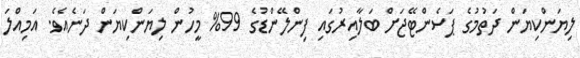
ލިޔަންކިޔަން ދަތުމުގެ ޕަސެންޓޭޖަށް ބަލާއިރުގައި ފިންލޭންޑުގެ 99% މީހުން ލިޔަންކިޔަން ދަނެއެވެ. އަމިއްލަ